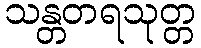
သန္တတရသုတ္တ